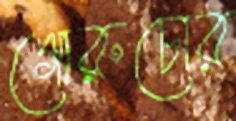
গোরুচোর